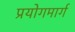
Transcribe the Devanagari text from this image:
प्रयोगमार्ग